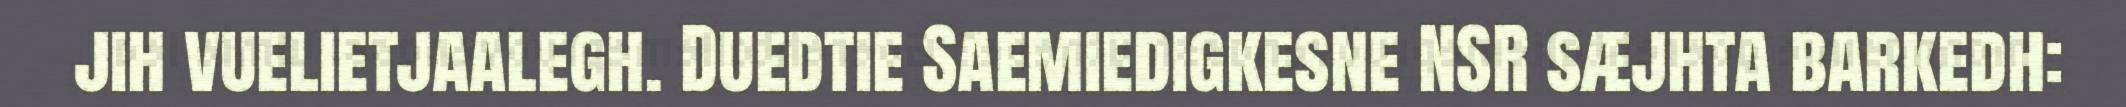
jih vuelietjaalegh. Duedtie Saemiedigkesne NSR sæjhta barkedh: